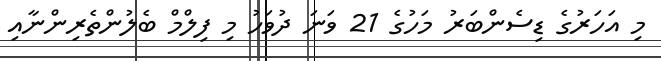
މި އަހަރުގެ ޑިސެންބަރު މަހުގެ 21 ވަނަ ދުވަހު މި ފިލްމް ބެލުންތެރިންނާއި